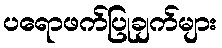
ပရောဖက်ပြုချက်များ